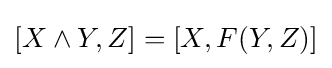
[X\wedge Y,Z]=[X,F(Y,Z)]